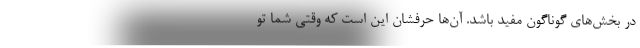
در بخش‌های گوناگون مفید باشد. آن‌ها حرفشان این است که وقتی شما تو